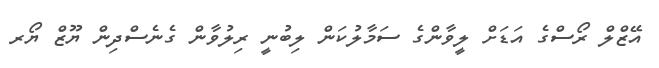
އޭޒްލް ރޯސްގެ އަޑަށް ލީވާންގެ ސަމާލުކަން ލިބުނީ ރިލުވާން ގެނެސްދިން ޔޫޒް ޔޯރ